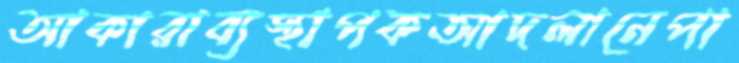
আকারাব্যস্থাপকআদলানেপা